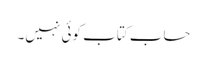
حساب کتاب کوئی نہیں۔